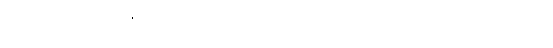
ဖယောင်းတိုင်လေးတွေ နှင့် အခြား အလှအပလေးတွေ ဆင်ယင်ပြီး မြစ်ချောင်း အင်းအိုင်တွေမှာ မျှောရင်း